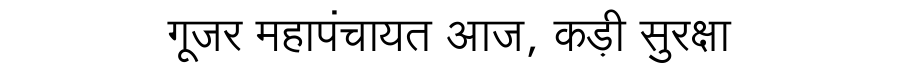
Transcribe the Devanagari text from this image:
गूजर महापंचायत आज, कड़ी सुरक्षा